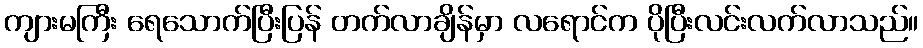
ကျားမကြီး ရေသောက်ပြီးပြန် တက်လာချိန်မှာ လရောင်က ပိုပြီးလင်းလက်လာသည်။